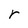
Character: r